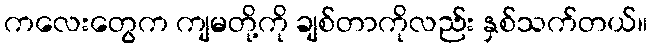
ကလေးတွေက ကျမတို့ကို ချစ်တာကိုလည်း နှစ်သက်တယ်။